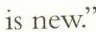
is new.'